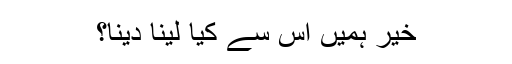
خیر ہمیں اس سے کیا لینا دینا؟